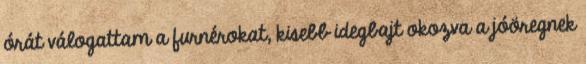
órát válogattam a furnérokat, kisebb idegbajt okozva a jóöregnek